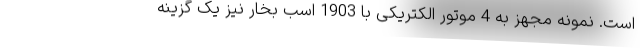
است. نمونه مجهز به 4 موتور الکتریکی با 1903 اسب بخار نیز یک گزینه